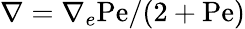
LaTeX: \nabla=\nabla_{e}\mathrm{Pe}/(2+\mathrm{Pe})